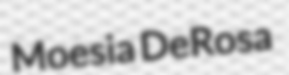
Moesia DeRosa